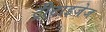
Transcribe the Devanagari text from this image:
ट्रीटाइजेज